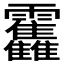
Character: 𱁫